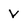
Character: v